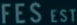
FES